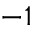
^ { - 1 }